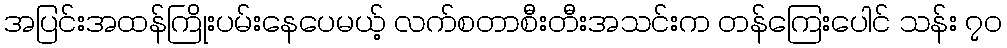
အပြင်းအထန်ကြိုးပမ်းနေပေမယ့် လက်စတာစီးတီးအသင်းက တန်ကြေးပေါင် သန်း ၇၀